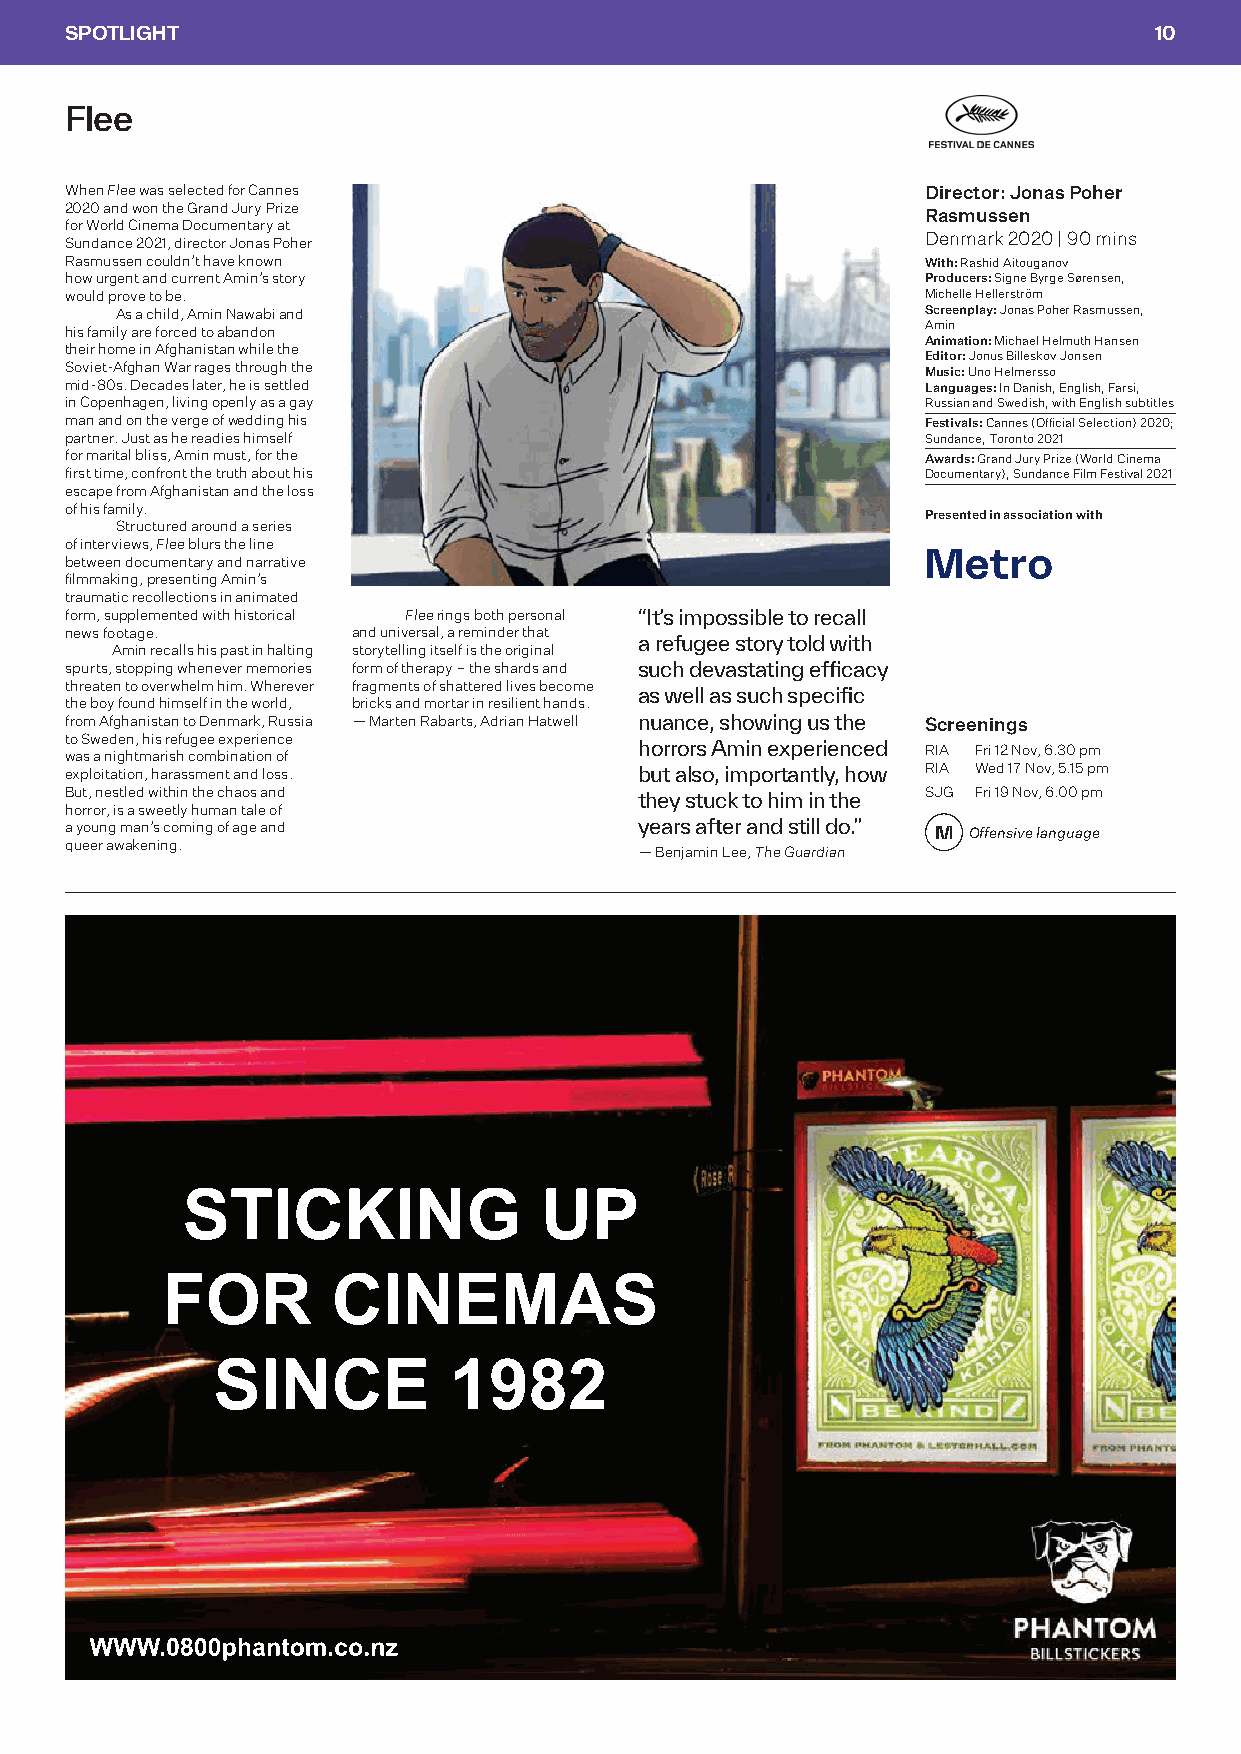
SPOTLIGHT                                                               10
 Flee
 When Flee was selected for Cannes                        Director: Jonas Poher
 2020 and won the Grand Jury Prize
 Rasmussen
 for World Cinema Documentary at
 Sundance 2021, director Jonas Poher                      Denmark 2020 | 90 mins
 Rasmussen couldn’t have known                            With: Rashid Aitouganov
 how urgent and current Amin’s story                      Producers: Signe Byrge Sørensen,
 would prove to be.                                       Michelle Hellerström
 As a child, Amin Nawabi and                          Screenplay: Jonas Poher Rasmussen,
 his family are forced to abandon                         Amin
 Animation: Michael Helmuth Hansen
 their home in Afghanistan while the
 Editor: Jonus Billeskov Jonsen
 Soviet-Afghan War rages through the                      Music: Uno Helmersso
 mid-80s. Decades later, he is settled                    Languages: In Danish, English, Farsi,
 in Copenhagen, living openly as a gay                    Russian and Swedish, with English subtitles
 man and on the verge of wedding his                      Festivals: Cannes (Official Selection) 2020;
 partner. Just as he readies himself                      Sundance, Toronto 2021
 for marital bliss, Amin must, for the                    Awards: Grand Jury Prize (World Cinema
 first time, confront the truth about his                 Documentary), Sundance Film Festival 2021
 escape from Afghanistan and the loss
 of his family.
 Presented in association with
 Structured around a series
 of interviews, Flee blurs the line
 between documentary and narrative
 filmmaking, presenting Amin’s
 traumatic recollections in animated
 form, supplemented with historical Flee rings both personal “It’s impossible to recall
 news footage.      and universal, a reminder that
 a refugee story told with
 Amin recalls his past in halting storytelling itself is the original
 spurts, stopping whenever memories form of therapy – the shards and such devastating efficacy
 threaten to overwhelm him. Wherever fragments of shattered lives become
 as well as such specific
 the boy found himself in the world, bricks and mortar in resilient hands.
 from Afghanistan to Denmark, Russia — Marten Rabarts, Adrian Hatwell nuance, showing us the Screenings
 to Sweden, his refugee experience
 horrors Amin experienced RIA Fri 12 Nov, 6.30 pm
 was a nightmarish combination of
 exploitation, harassment and loss.    but also, importantly, how RIA Wed 17 Nov, 5.15 pm
 But, nestled within the chaos and                        SJG Fri 19 Nov, 6.00 pm
 they stuck to him in the
 horror, is a sweetly human tale of
 a young man’s coming of age and       years after and still do.” M Offensive language
 queer awakening.
 — Benjamin Lee, The Guardian
 STICKING                UP
 FOR        CINEMAS
 SINCE           1982
 WWW.0800phantom.co.nz